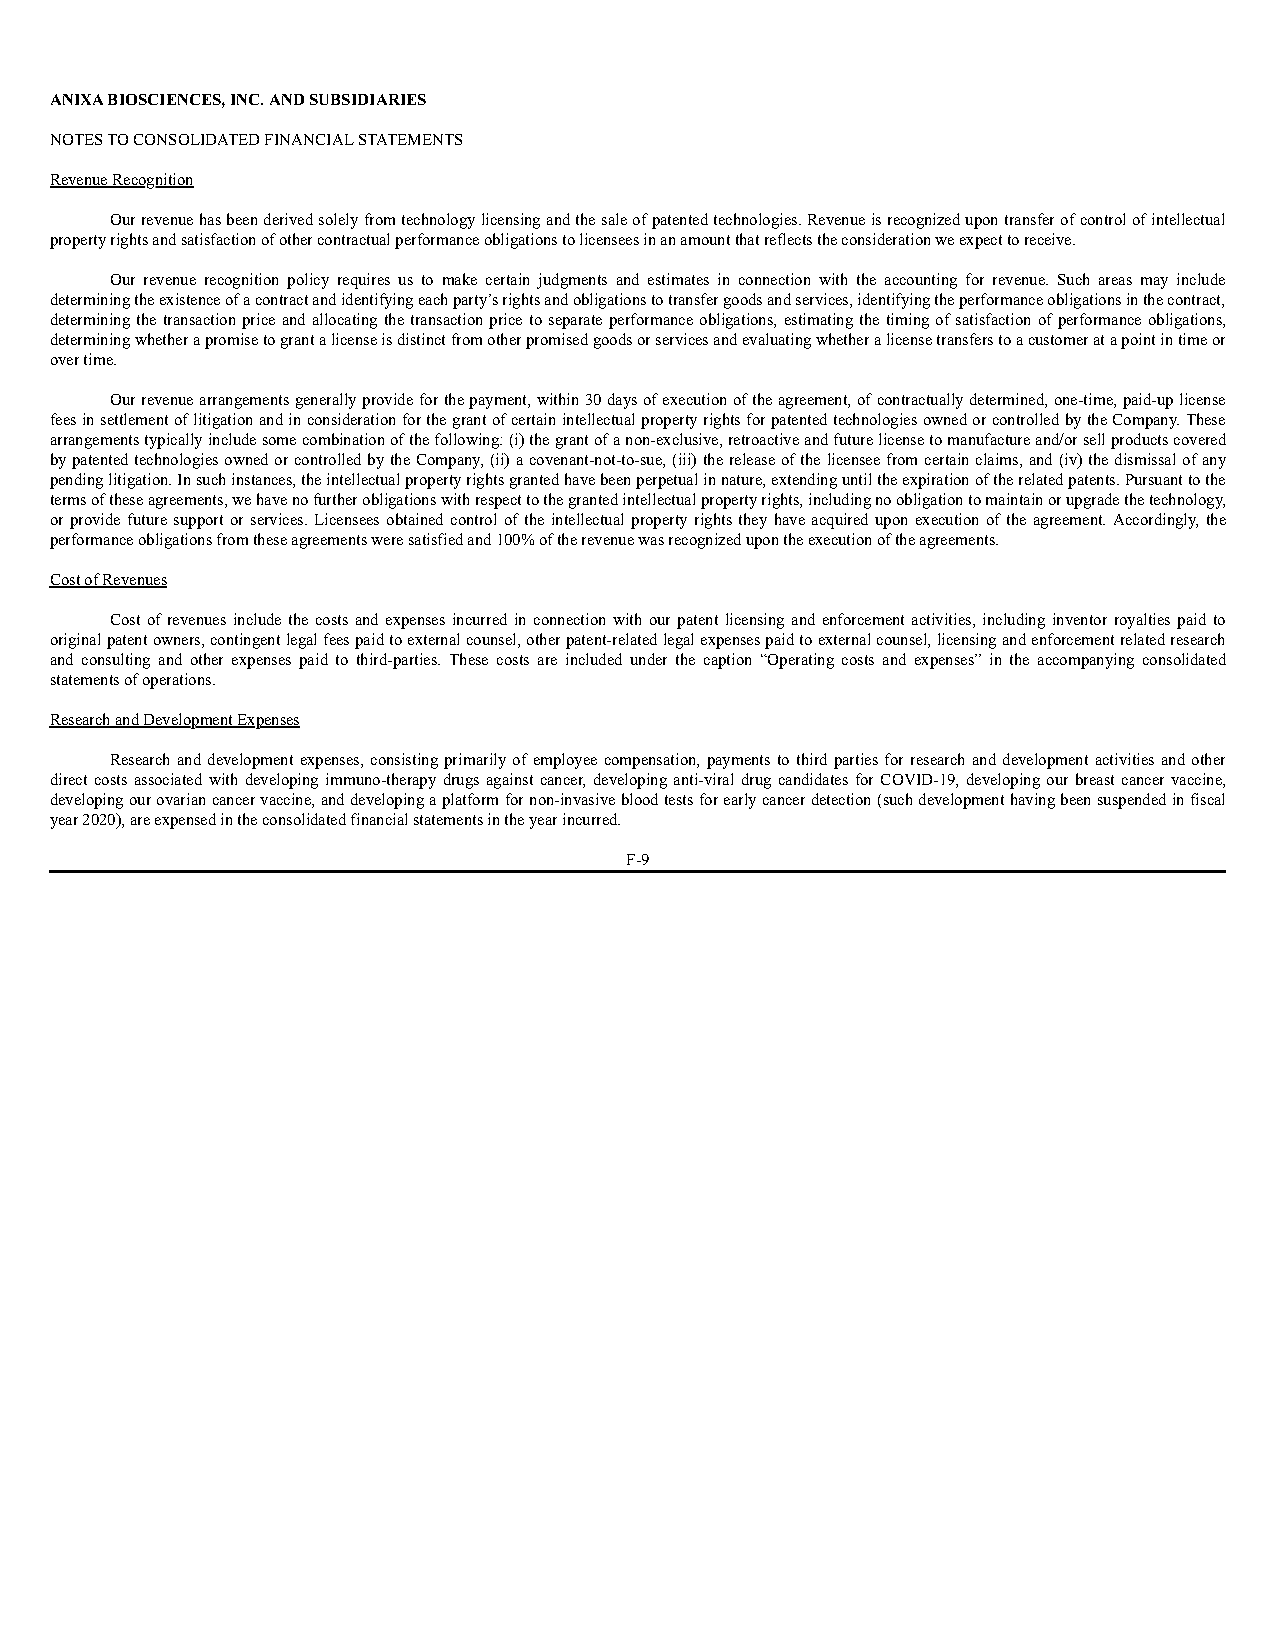
ANIXA BIOSCIENCES, INC. AND SUBSIDIARIES
 NOTES TO CONSOLIDATED FINANCIAL STATEMENTS
 Revenue Recognition
 Our revenue has been derived solely from technology licensing and the sale of patented technologies. Revenue is recognized upon transfer of control of intellectual
 property rights and satisfaction of other contractual performance obligations to licensees in an amount that reflects the consideration we expect to receive.
 Our revenue recognition policy requires us to make certain judgments and estimates in connection with the accounting for revenue. Such areas may include
 determining the existence of a contract and identifying each party’s rights and obligations to transfer goods and services, identifying the performance obligations in the contract,
 determining the transaction price and allocating the transaction price to separate performance obligations, estimating the timing of satisfaction of performance obligations,
 determining whether a promise to grant a license is distinct from other promised goods or services and evaluating whether a license transfers to a customer at a point in time or
 over time.
 Our revenue arrangements generally provide for the payment, within 30 days of execution of the agreement, of contractually determined, one-time, paid-up license
 fees in settlement of litigation and in consideration for the grant of certain intellectual property rights for patented technologies owned or controlled by the Company. These
 arrangements typically include some combination of the following: (i) the grant of a non-exclusive, retroactive and future license to manufacture and/or sell products covered
 by patented technologies owned or controlled by the Company, (ii) a covenant-not-to-sue, (iii) the release of the licensee from certain claims, and (iv) the dismissal of any
 pending litigation. In such instances, the intellectual property rights granted have been perpetual in nature, extending until the expiration of the related patents. Pursuant to the
 terms of these agreements, we have no further obligations with respect to the granted intellectual property rights, including no obligation to maintain or upgrade the technology,
 or provide future support or services. Licensees obtained control of the intellectual property rights they have acquired upon execution of the agreement. Accordingly, the
 performance obligations from these agreements were satisfied and 100% of the revenue was recognized upon the execution of the agreements.
 Cost of Revenues
 Cost of revenues include the costs and expenses incurred in connection with our patent licensing and enforcement activities, including inventor royalties paid to
 original patent owners, contingent legal fees paid to external counsel, other patent-related legal expenses paid to external counsel, licensing and enforcement related research
 and consulting and other expenses paid to third-parties. These costs are included under the caption “Operating costs and expenses” in the accompanying consolidated
 statements of operations.
 Research and Development Expenses
 Research and development expenses, consisting primarily of employee compensation, payments to third parties for research and development activities and other
 direct costs associated with developing immuno-therapy drugs against cancer, developing anti-viral drug candidates for COVID-19, developing our breast cancer vaccine,
 developing our ovarian cancer vaccine, and developing a platform for non-invasive blood tests for early cancer detection (such development having been suspended in fiscal
 year 2020), are expensed in the consolidated financial statements in the year incurred.
 F-9